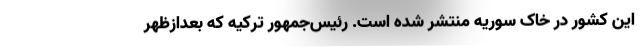
این کشور در خاک سوریه منتشر شده است. رئیس‌جمهور ترکیه که بعدازظهر